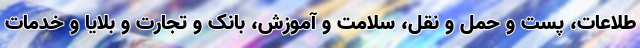
طلاعات، پست و حمل و نقل، سلامت و آموزش، بانک و تجارت و بلایا و خدمات